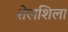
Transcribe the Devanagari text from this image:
शेलशिला